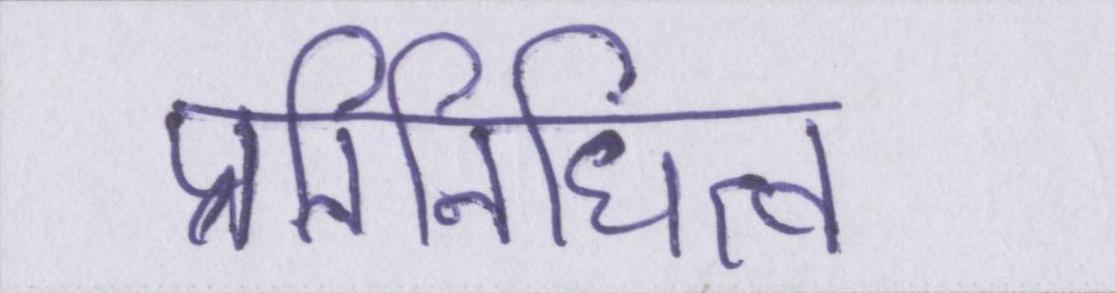
प्रतिनिधित्व